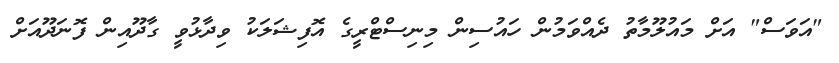
"އަވަސް" އަށް މައުލޫމާތު ދެއްވަމުން ހައުސިން މިނިސްޓްރީގެ އޮފިޝަލަކު ވިދާޅުވީ ގާދޫއިން ފޮނަދޫއަށް